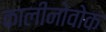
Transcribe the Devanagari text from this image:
कालीनोवोक